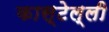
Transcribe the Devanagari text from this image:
कास्टेल्ली